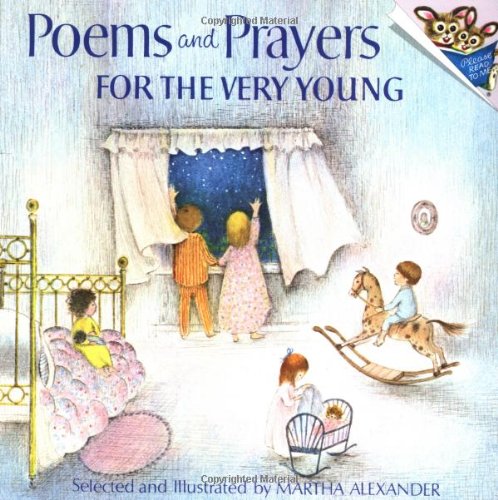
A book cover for Poems and Prayers for the Very Young (Pictureback(R)); Martha Alexander; Children's Books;